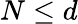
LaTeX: N\leq d